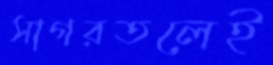
সাগরতলেই